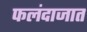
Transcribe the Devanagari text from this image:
फलंदाजात